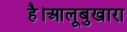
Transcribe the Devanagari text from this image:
है।आलूबुखारा